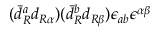
( \bar { d } _ { R } ^ { a } d _ { R \alpha } ) ( \bar { d } _ { R } ^ { b } d _ { R \beta } ) \epsilon _ { a b } \epsilon ^ { \alpha \beta }